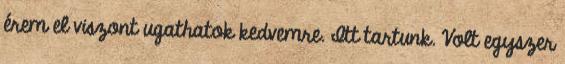
érem el viszont ugathatok kedvemre. Itt tartunk. Volt egyszer